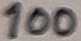
Text: 100